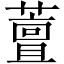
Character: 䕊